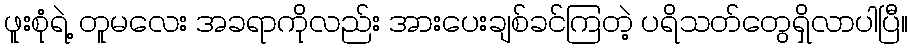
ဖူးစုံရဲ့ တူမလေး အခရာကိုလည်း အားပေးချစ်ခင်ကြတဲ့ ပရိသတ်တွေရှိလာပါပြီ။